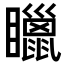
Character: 䁽